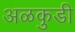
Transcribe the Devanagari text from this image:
अळकुडी